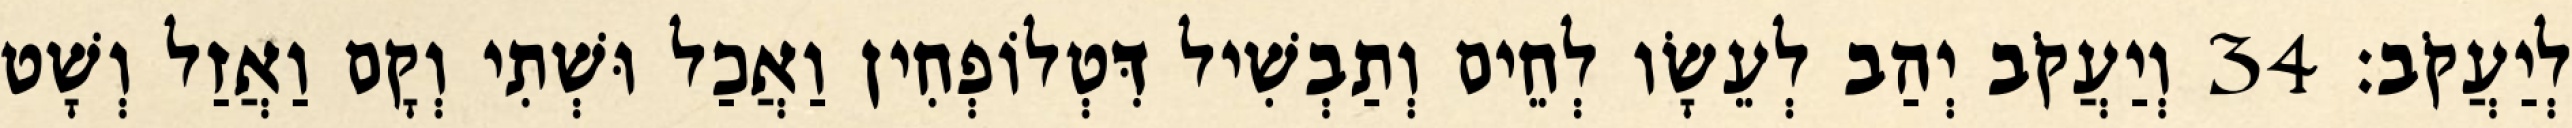
לְיַעֲקֹב׃ 34 וְיַעֲקֹב יְהַב לְעֵשָׂו לְחֵים וְתַבְשִׁיל דִּטְלוֹפְחִין וַאֲכַל וּשְׁתִי וְקָם וַאֲזַל וְשָׁט